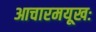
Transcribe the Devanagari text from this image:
आचारमयूखः